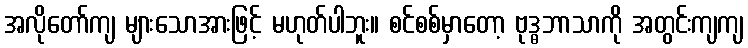
အလိုတော်ကျ များသောအားဖြင့် မဟုတ်ပါဘူး။ စင်စစ်မှာတော့ ဗုဒ္ဓဘာသာကို အတွင်းကျကျ